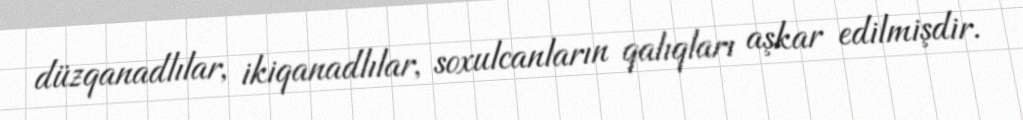
düzqanadlılar, ikiqanadlılar, soxulcanların qalıqları aşkar edilmişdir.